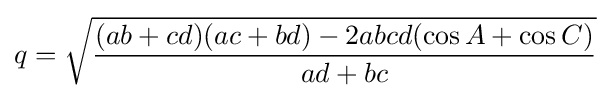
q={\sqrt {\frac {(ab+cd)(ac+bd)-2abcd(\cos {A}+\cos {C})}{ad+bc}}}